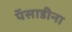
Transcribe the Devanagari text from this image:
पॅसाडीना